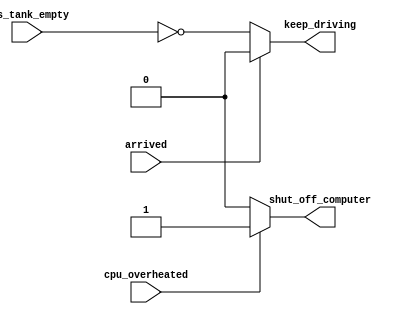
// if statement latches
// *Note: if not specify an else statement, will make a latch...
module top_module (
    input      cpu_overheated,
    output reg shut_off_computer,
    input      arrived,
    input      gas_tank_empty,
    output reg keep_driving  ); //

    always @(*) begin
        if (cpu_overheated)
           shut_off_computer = 1;
        else
            shut_off_computer = 0;
    end

    always @(*) begin
        if (~arrived)
           keep_driving = ~gas_tank_empty;
        else
            keep_driving = 0;
    end

endmodule